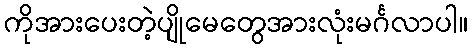
ကိုအားပေးတဲ့ပျိုမေတွေအားလုံးမင်္ဂလာပါ။